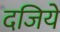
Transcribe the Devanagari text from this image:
दजिये